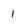
Character: 1